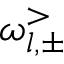
\omega _ { l , \pm } ^ { > }